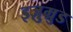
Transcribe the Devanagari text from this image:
इज़ुम्रुड